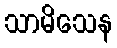
သာမိသေန